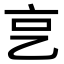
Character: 㐔